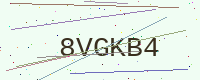
Text: 8VGKB4